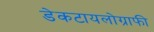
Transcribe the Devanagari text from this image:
डेकटायलोग्राफी